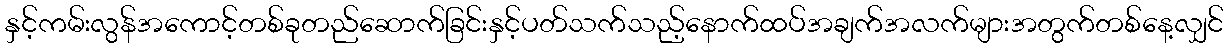
နှင့်ကမ်းလွန်အကောင့်တစ်ခုတည်ဆောက်ခြင်းနှင့်ပတ်သက်သည့်နောက်ထပ်အချက်အလက်များအတွက်တစ်နေ့လျှင်